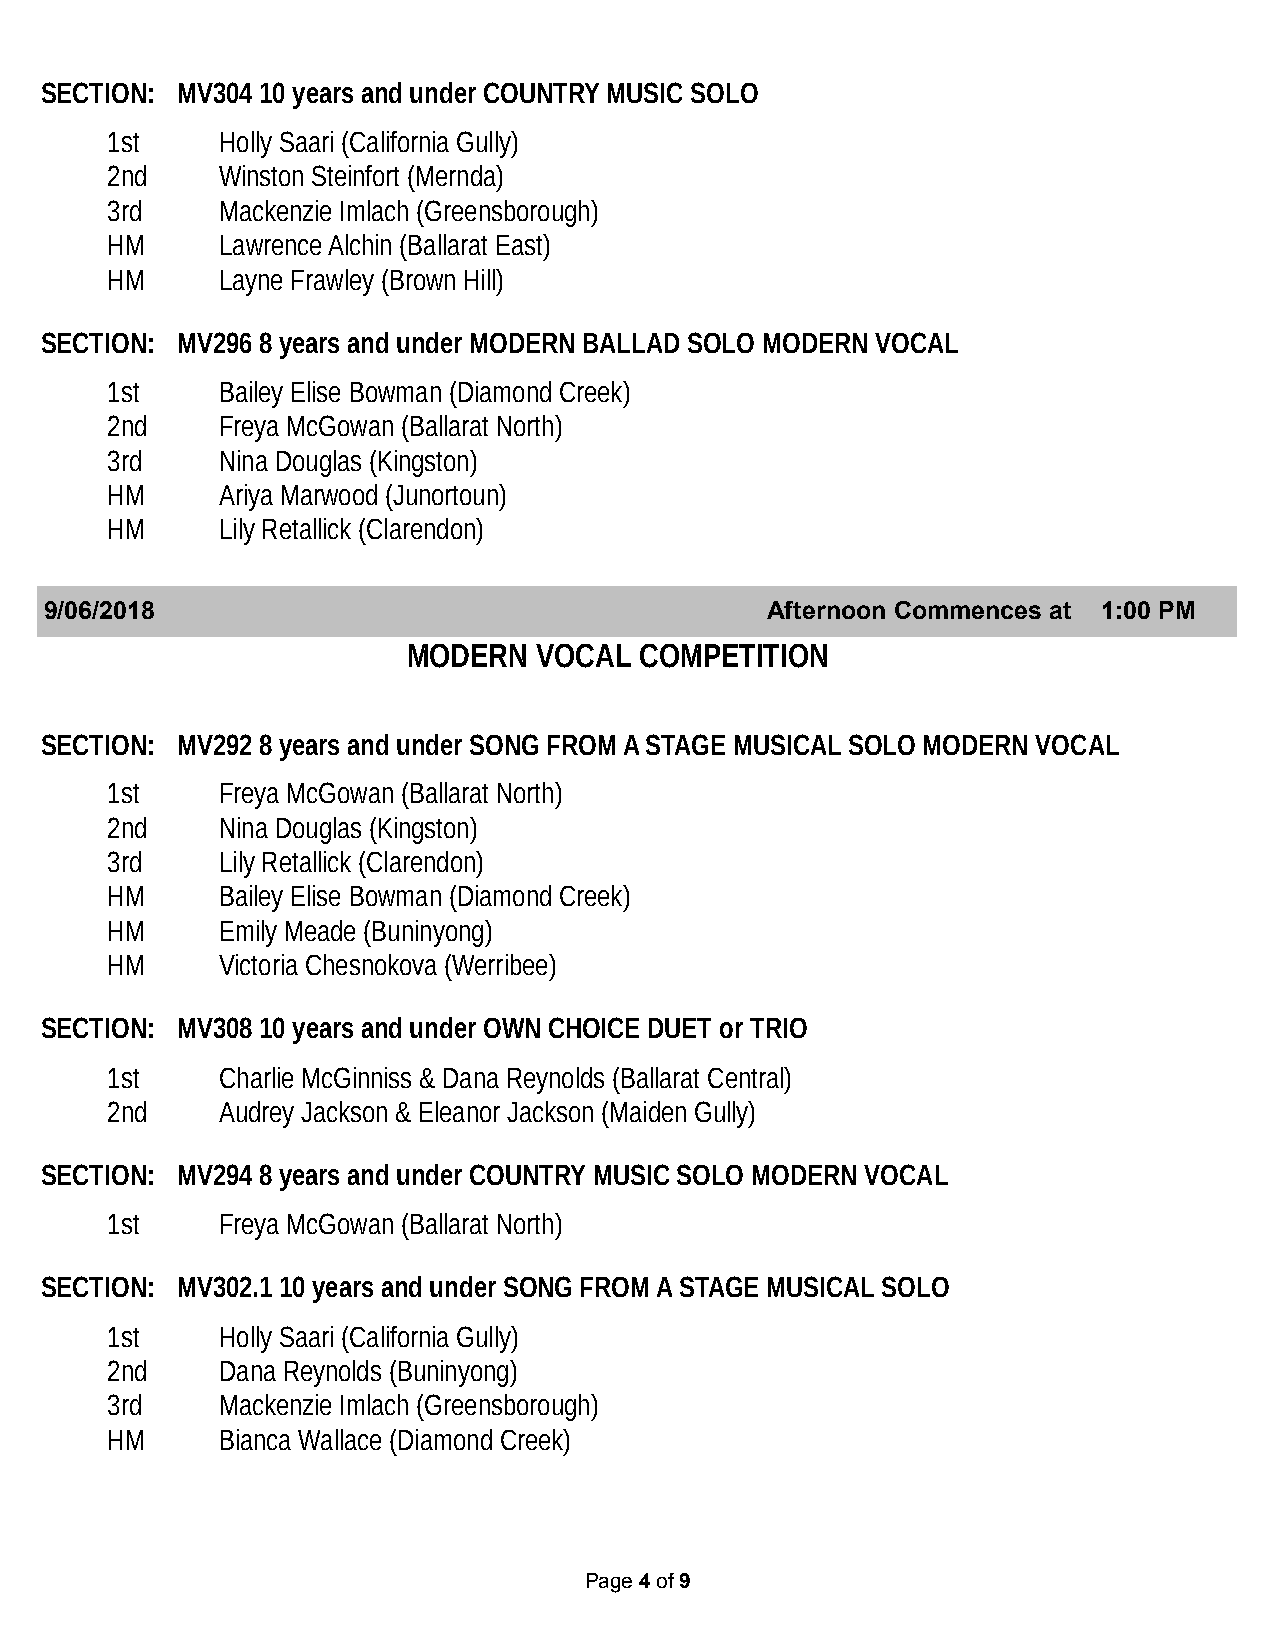
SECTION: MV304 10 years and under COUNTRY MUSIC SOLO
 1st    Holly Saari (California Gully)
 2nd    Winston Steinfort (Mernda)
 3rd    Mackenzie Imlach (Greensborough)
 HM     Lawrence Alchin (Ballarat East)
 HM     Layne Frawley (Brown Hill)
 SECTION: MV296 8 years and under MODERN BALLAD SOLO MODERN VOCAL
 1st    Bailey Elise Bowman (Diamond Creek)
 2nd    Freya McGowan (Ballarat North)
 3rd    Nina Douglas (Kingston)
 HM     Ariya Marwood (Junortoun)
 HM     Lily Retallick (Clarendon)
 9/06/2018                                       Afternoon Commences at 1:00 PM
 MODERN   VOCAL COMPETITION
 SECTION: MV292 8 years and under SONG FROM A STAGE MUSICAL SOLO MODERN VOCAL
 1st    Freya McGowan (Ballarat North)
 2nd    Nina Douglas (Kingston)
 3rd    Lily Retallick (Clarendon)
 HM     Bailey Elise Bowman (Diamond Creek)
 HM     Emily Meade (Buninyong)
 HM     Victoria Chesnokova (Werribee)
 SECTION: MV308 10 years and under OWN CHOICE DUET or TRIO
 1st    Charlie McGinniss & Dana Reynolds (Ballarat Central)
 2nd    Audrey Jackson & Eleanor Jackson (Maiden Gully)
 SECTION: MV294 8 years and under COUNTRY MUSIC SOLO MODERN VOCAL
 1st    Freya McGowan (Ballarat North)
 SECTION: MV302.1 10 years and under SONG FROM A STAGE MUSICAL SOLO
 1st    Holly Saari (California Gully)
 2nd    Dana Reynolds (Buninyong)
 3rd    Mackenzie Imlach (Greensborough)
 HM     Bianca Wallace (Diamond Creek)
 Page 4 of 9